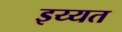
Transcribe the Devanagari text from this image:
इय्यत